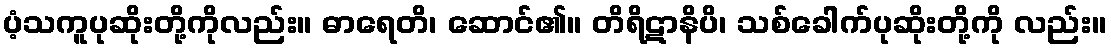
ပံ့သကူပုဆိုးတို့ကိုလည်း။ ဓာရေတိ၊ ဆောင်၏။ တိရိဋာနိပိ၊ သစ်ခေါက်ပုဆိုးတို့ကို လည်း။